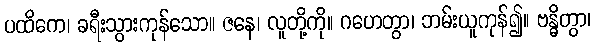
ပထိကေ၊ ခရီးသွားကုန်သော။ ဇနေ၊ လူတို့ကို။ ဂဟေတွာ၊ ဘမ်းယူကုန်၍။ ဗန္ဓိတွာ၊